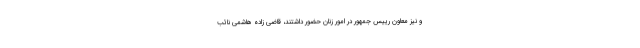
و نیز معاون رییس جمهور در امور زنان حضور داشتند، قاضی زاده هاشمی نائب